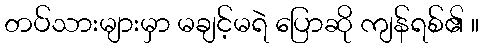
တပ်သားများမှာ မချင့်မရဲ ပြောဆို ကျန်ရစ်၏ ။